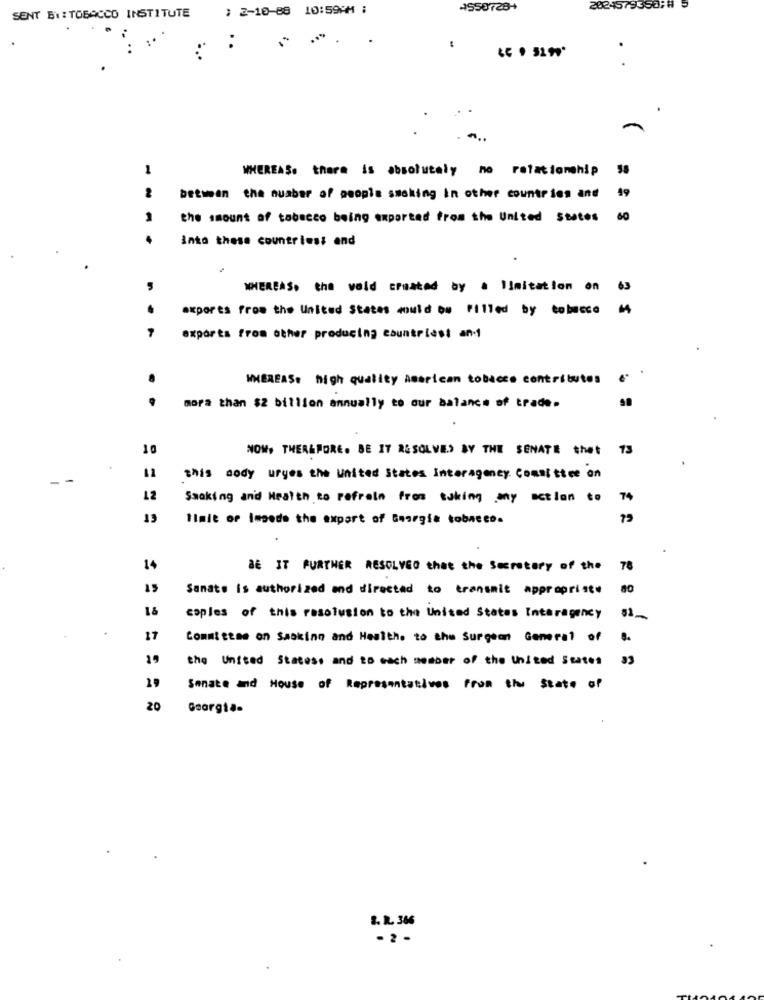
) 2-10-88 10:59AM ;
4550728+
2024579550;
SENT BY: TOBACCO INSTITUTE
:*
1
WHEREAS: there is absolutely no relationship
between the number of people smoking in other countries and
49
the amount of tobacco being exported from the United States
60
Into these countries; and
WHEREAS, the wold created by a limitation on 6
axpores from the United States could be Filled by tobacco
exports from other producing Countries! an-
WHEREAS: high quality American tobacco contributes
. .
mora than $2 billion annually to our balance of trade.
10
NOW, THEREFORE. BE IT RESOLVE.) BY THE SENATE thet 13
11
this aody uryes the united States Interagency Committee on
12
Smoking and Health to refrain from taking any action to
74
13
Timie or Impede the expart of Georgia tobacco.
14
BE IT FURTHER RESOLVED that the Secretary of the
78
15
Sanat. is authorized and directed to transmit appropriste
80
1&
caples of this resolusion to the United States Interagency
17
Committee on Smoking and Health. to the Surgeon General of
..
19
the United States, and to each member of the United States
19
Senate and House of Representatives From the state of
20
Georgia-
2. R. 386
-2 -